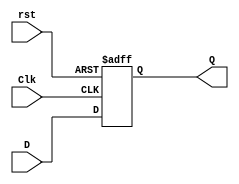
module D_flip_flop_AR (Q,D,Clk,rst);
    output Q;
    input D,Clk,rst;
    reg Q;
    always@(posedge Clk,negedge rst)
        if(!rst)Q<=1'b0;
        else Q<=D;    
endmodule